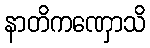
နာတိကဏှောသိ